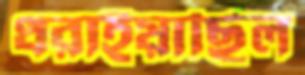
ধরাইয়াছিল